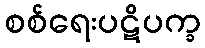
စစ်ရေးပဋိပက္ခ